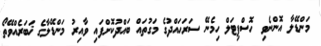
މަންޑޭލާ އޮންނެވި ހޮސްޕިޓަލް ހިމެނޭ ސަރަހައްދުގެ މަގުތައް ބައްދުކޮށްފައި ވާއިރު މަންޑޭލާގެ ޚަބަރެއްވޭތޯ